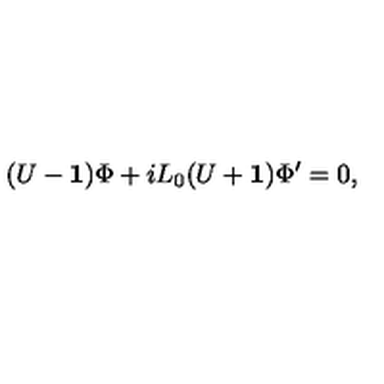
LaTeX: ( U - { \bf 1 } ) \Phi + i L _ { 0 } ( U + { \bf 1 } ) \Phi ^ { \prime } = 0 ,